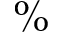
\%